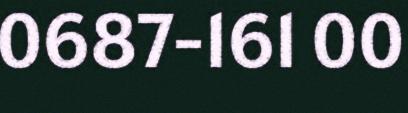
0687-161 00